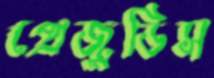
প্রেজুডিস